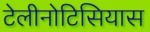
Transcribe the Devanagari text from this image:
टेलीनोटिसियास